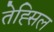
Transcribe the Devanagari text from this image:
तेह्सिल